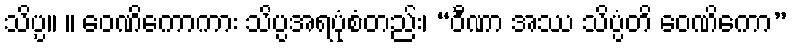
သိပ္ပ။ ။ ဝေဏိကောကား သိပ္ပအရပုံစံတည်း၊ “ဝီဏာ အဿ သိပ္ပံတိ ဝေဏိကော”